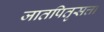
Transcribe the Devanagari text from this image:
जातपितृसत्ता